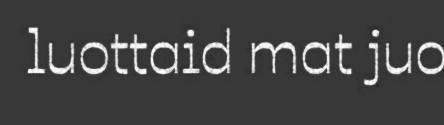
luottaid mat juo